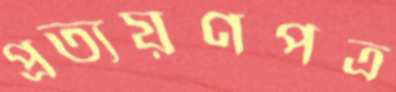
প্রত্যয়ণপত্র